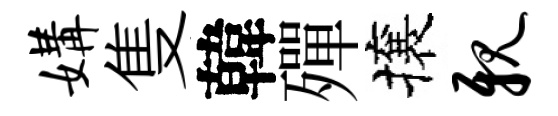
媾隻韓殫攘亲